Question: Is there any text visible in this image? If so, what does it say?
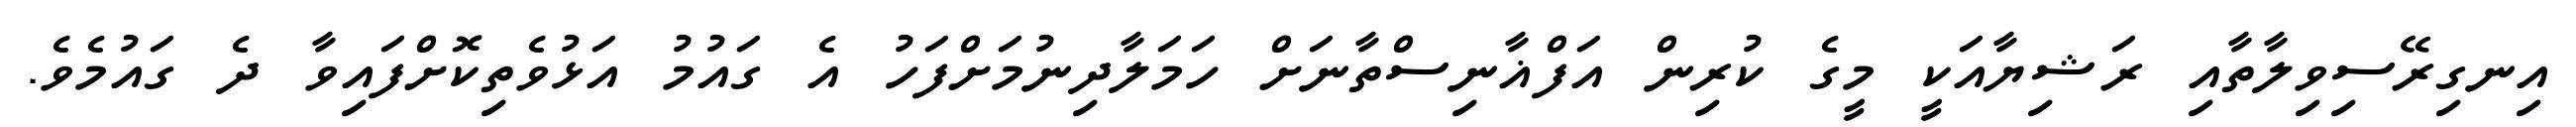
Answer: އިނގިރޭސިވިލާތާއި ރަޝިޔާއަކީ މީގެ ކުރިން އަފްޣާނިސްތާނަށް ހަމަލާދިނުމަށްފަހު އެ ގައުމު އަޅުވެތިކޮށްފައިވާ ދެ ގައުމެވެ.